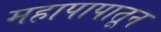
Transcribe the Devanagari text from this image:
महापापातून